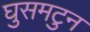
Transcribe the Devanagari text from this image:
घुसमटुन